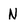
Character: N